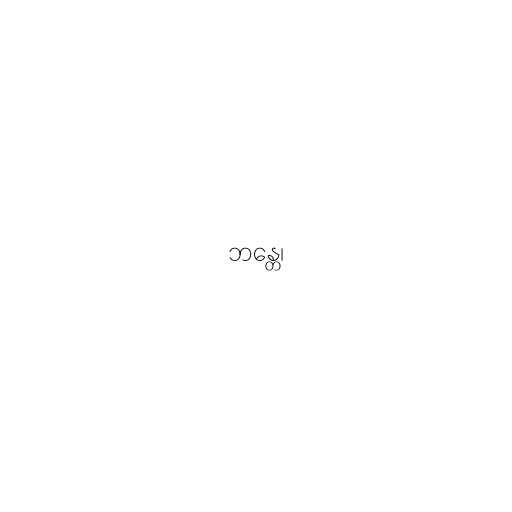
ဘန္တေ၊